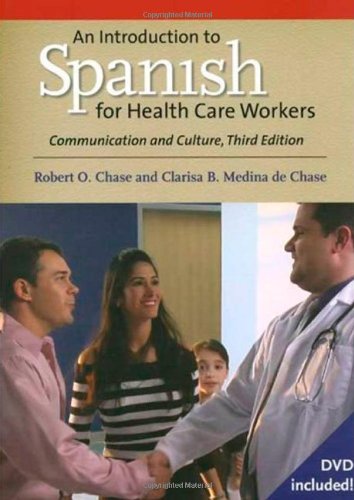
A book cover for An Introduction to Spanish for Health Care Workers: Communication and Culture, Third Edition (Yale Language); Robert O. Chase; Travel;